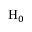
\mathrm { H } _ { 0 }